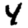
Digit: 4